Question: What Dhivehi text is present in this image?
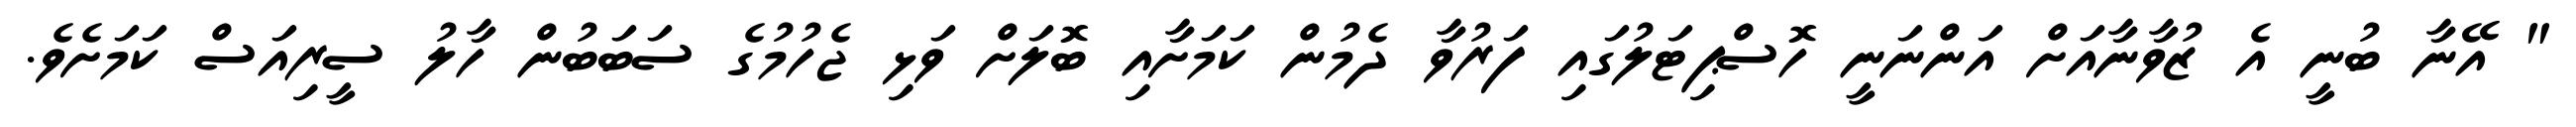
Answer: " އޭނާ ބުނީ އެ ޒުވާނާއަށް އަންނަނީ ހޮސްޕިޓަލުގައި ފަރުވާ ދެމުން ކަމަށާއި ބޮލަށް ވަޅި ޖެހުމުގެ ސަބަބުން ހާލު ސީރިއަސް ކަމަށެވެ.